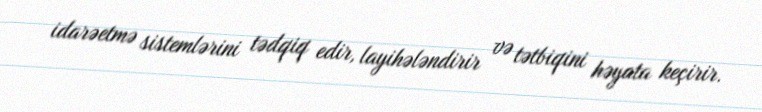
idarəetmə sistemlərini tədqiq edir, layihələndirir və tətbiqini həyata keçirir.